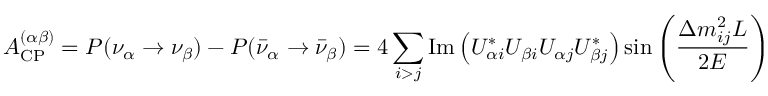
A _ { \mathrm { C P } } ^ { ( \alpha \beta ) } = P ( \nu _ { \alpha } \rightarrow \nu _ { \beta } ) - P ( { \bar { \nu } } _ { \alpha } \rightarrow { \bar { \nu } } _ { \beta } ) = 4 \sum _ { i > j } \operatorname { I m } \left( U _ { \alpha i } ^ { * } U _ { \beta i } U _ { \alpha j } U _ { \beta j } ^ { * } \right) \sin \left( { \frac { \Delta m _ { i j } ^ { 2 } L } { 2 E } } \right)